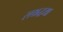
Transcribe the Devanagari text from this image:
सश्रद्धया